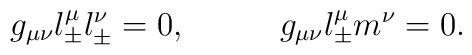
g_{\mu\nu}l^\mu_\pm l^\nu_\pm=0,\;\;\;\;\;\;\;\;\;\;g_{\mu\nu}l^\mu_\pm  m^\nu=0.